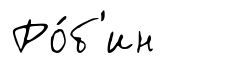
Ро́б'ин